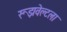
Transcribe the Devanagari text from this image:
रूझवेल्टला